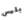
بليس